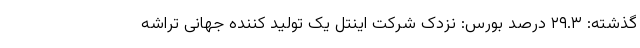
گذشته: ۲۹.۳ درصد بورس: نزدک شرکت اینتل یک تولید کننده جهانی تراشه